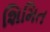
શિમિત